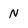
Character: N